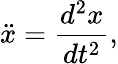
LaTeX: \ddot{x}=\frac{d^{2}x}{dt^{2}},